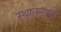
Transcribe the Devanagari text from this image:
स्थाननामों